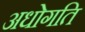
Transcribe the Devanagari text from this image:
अधोगति